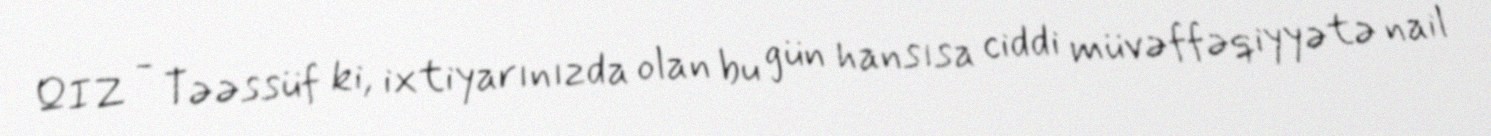
QIZ - Təəssüf ki, ixtiyarınızda olan bu gün hansısa ciddi müvəffəqiyyətə nail